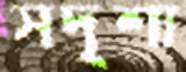
সদৃশ্য